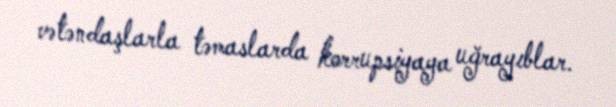
vətəndaşlarla təmaslarda korrupsiyaya uğrayıblar.